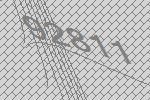
92811